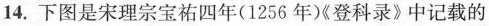
14.下图是宋理宗宝祐四年(1256年《登科录》中记载的